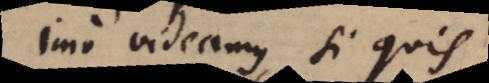
Imo videamus, si quis